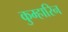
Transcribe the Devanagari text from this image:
कुम्हारिन